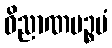
ဝိညာဏပဉ္စမံ